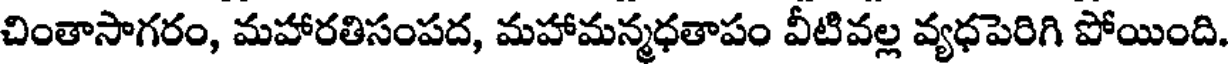
చింతాసాగరం, మహారతిసంపద, మహామన్మధతాపం వీటివల్ల వ్యధపెరిగి పోయింది.